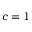
c = 1